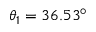
\theta _ { 1 } = 3 6 . 5 3 ^ { \circ }